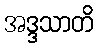
အဒ္ဒသာတိ